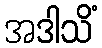
အဒါသိံ